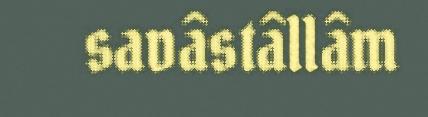
savâstâllâm